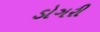
ડોગરી